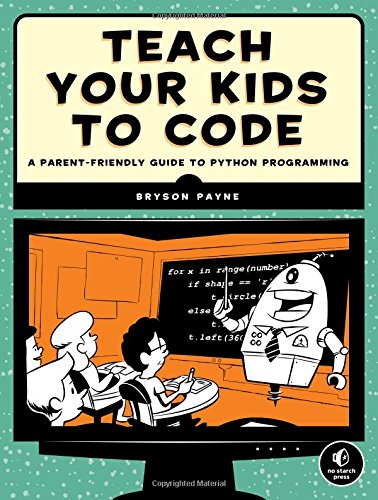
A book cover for Teach Your Kids to Code: A Parent-Friendly Guide to Python Programming; Bryson Payne; Computers & Technology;